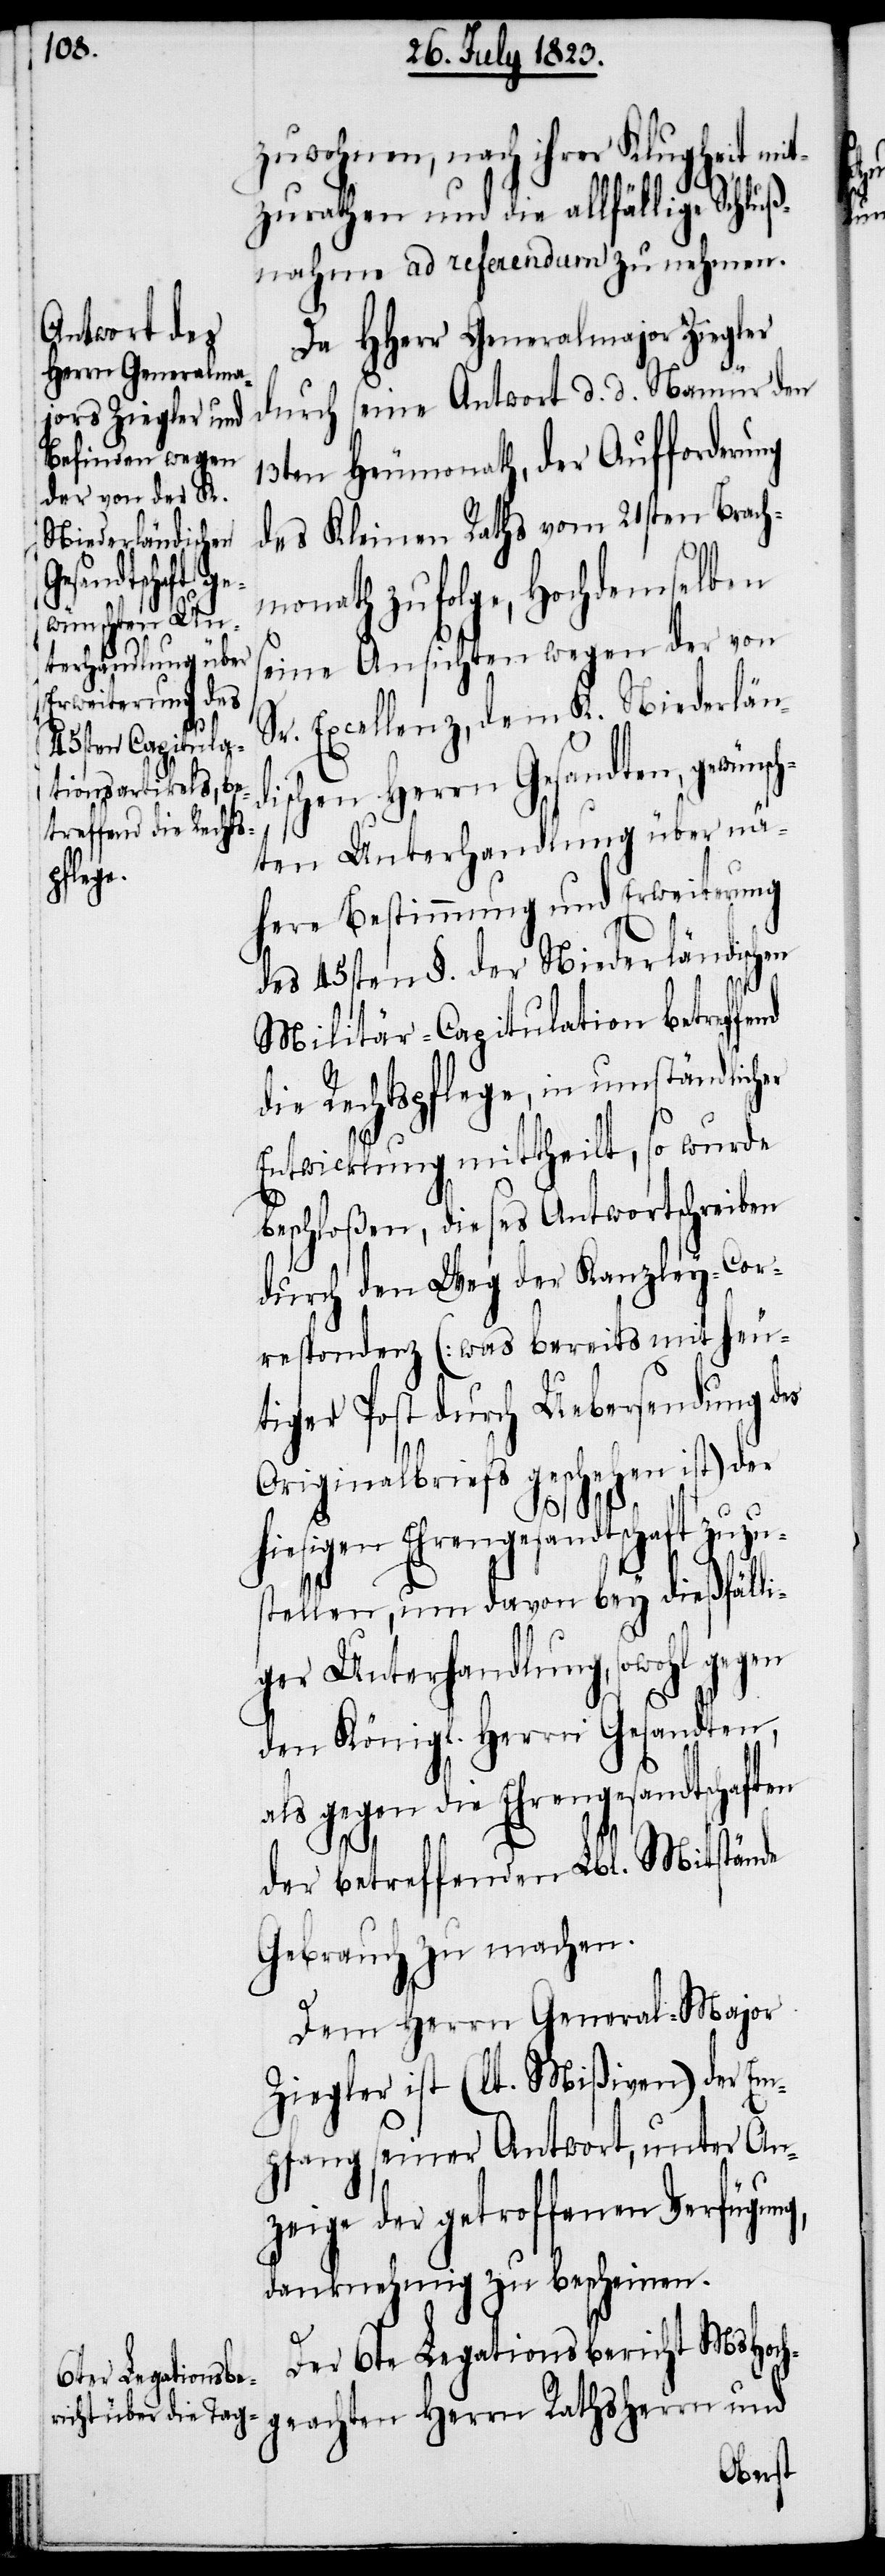
zuwohnen, nach ihrer Klugheit mit¬
zurathen und die allfällige Schluß¬
nahme ad referendum zu nehmen.
Da HHerr Generalmajor Ziegler
durch seine Antwort d. d. Namür den
13ten Heumonath, der Aufforderung
des Kleinen Raths vom 21sten Brach¬
monath zufolge, Hochdemselben
seine Ansichten wegen der von
Sr. Excellenz, dem K. Niederlän¬
dischen Herrn Gesandten, gewünsc¬
hten Unterhandlung über nä¬
here Bestimmung und Erweiterung
des 45sten §. der Niederländischen
Militär-Capitulation betreffe¬
die Rechtspflege, in umständlicher
Entwicklung mittheilt, so wurde
beschloßen, dieses Antwortschreiben
durch den Weg der Kanzley-Cor¬
respondenz [was bereits mit heu¬
tiger Post durch Uebersendung des
Originalbriefs geschehen ist] der
hiesigen Ehrengesandtschaft zuzu¬
stellen, um davon bey dießfälli¬
ger Unterhandlung, sowohl gegen
den Königl. Herrn Gesandten,
als gegen die Ehrengesandtschaften
der betreffenden Lbl. Mitstände
Gebrauch zu machen.
Dem Herrn General-Major
Ziegler ist (lt. Mißiven) der Em¬
pfang seiner Antwort, unter An¬
zeige der getroffenen Verfügung,
danknehmig zu bescheinen.
Der 6te Legationsbericht MsHoch¬
geachten Herrn Rathsherrn und

nd